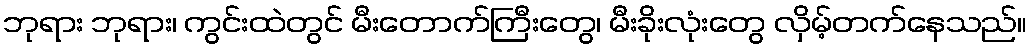
ဘုရား ဘုရား၊ ကွင်းထဲတွင် မီးတောက်ကြီးတွေ၊ မီးခိုးလုံးတွေ လှိမ့်တက်နေသည်။